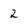
Character: 2